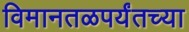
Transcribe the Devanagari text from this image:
विमानतळपर्यंतच्या